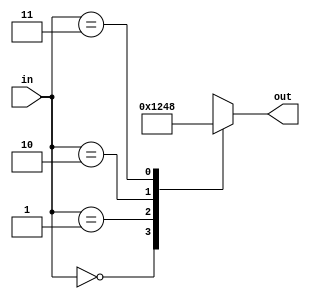
// This program was cloned from: https://github.com/Mariam-Katamashvili/Veri-Simple
// License: MIT License

module decoder2_4 (in, out);//declaring module
	input [1:0] in; //2 bit input signal in
	output reg [3:0] out; //4 bit output signal out

	always @ (in) //start of always block
	begin
		case (in) //if input is whatever is written on the left side of the statement, then the output is what is written on the right side
			2'b00: out = 4'b0001;
			2'b01: out = 4'b0010;
			2'b10: out = 4'b0100;
			2'b11: out = 4'b1000;
			default: out = 4'b0000; //if input is invalid, 0000is assigned to the output	
		endcase //endcase of statement		
	end //end of always block
endmodule //end of module definition